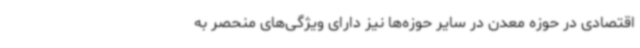
اقتصادی در حوزه معدن در سایر حوزه‌ها نیز دارای ویژگی‌های منحصر به